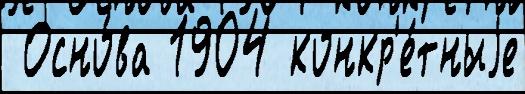
 Осно́ва 1904 конкр'е́тныjе